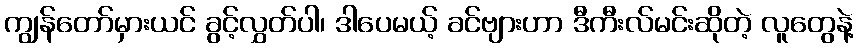
ကျွန်တော်မှားယင် ခွင့်လွှတ်ပါ၊ ဒါပေမယ့် ခင်ဗျားဟာ ဒီကီးလ်မင်းဆိုတဲ့ လူတွေနဲ့